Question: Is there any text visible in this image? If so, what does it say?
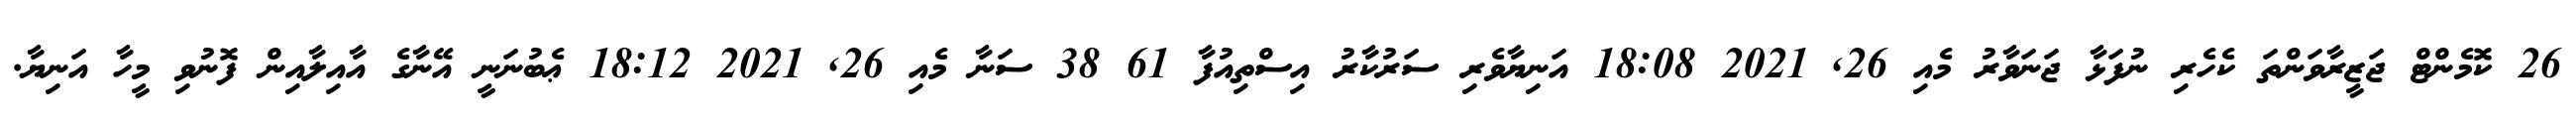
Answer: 26 ކޮމެންޓް ޖަޒީރާވަންތަ ކެހެރި ނުފަޅާ ޖަނަވާރު މެއި 26, 2021 18:08 އަނިޔާވެރި ސަރުކާރު އިސްތިއުފާ 61 38 ސަނާ މެއި 26, 2021 18:12 ޢެބުނަނީ އޭނާގެ އާއިލާއިން ފޮނުވި މީހާ އަނިޔާ.